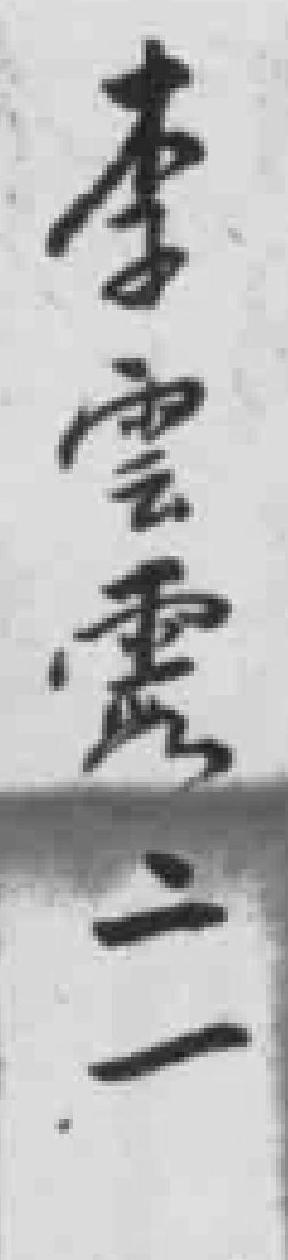
李雲*二一